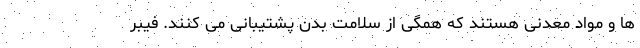
ها و مواد معدنی هستند که همگی از سلامت بدن پشتیبانی می کنند. فیبر